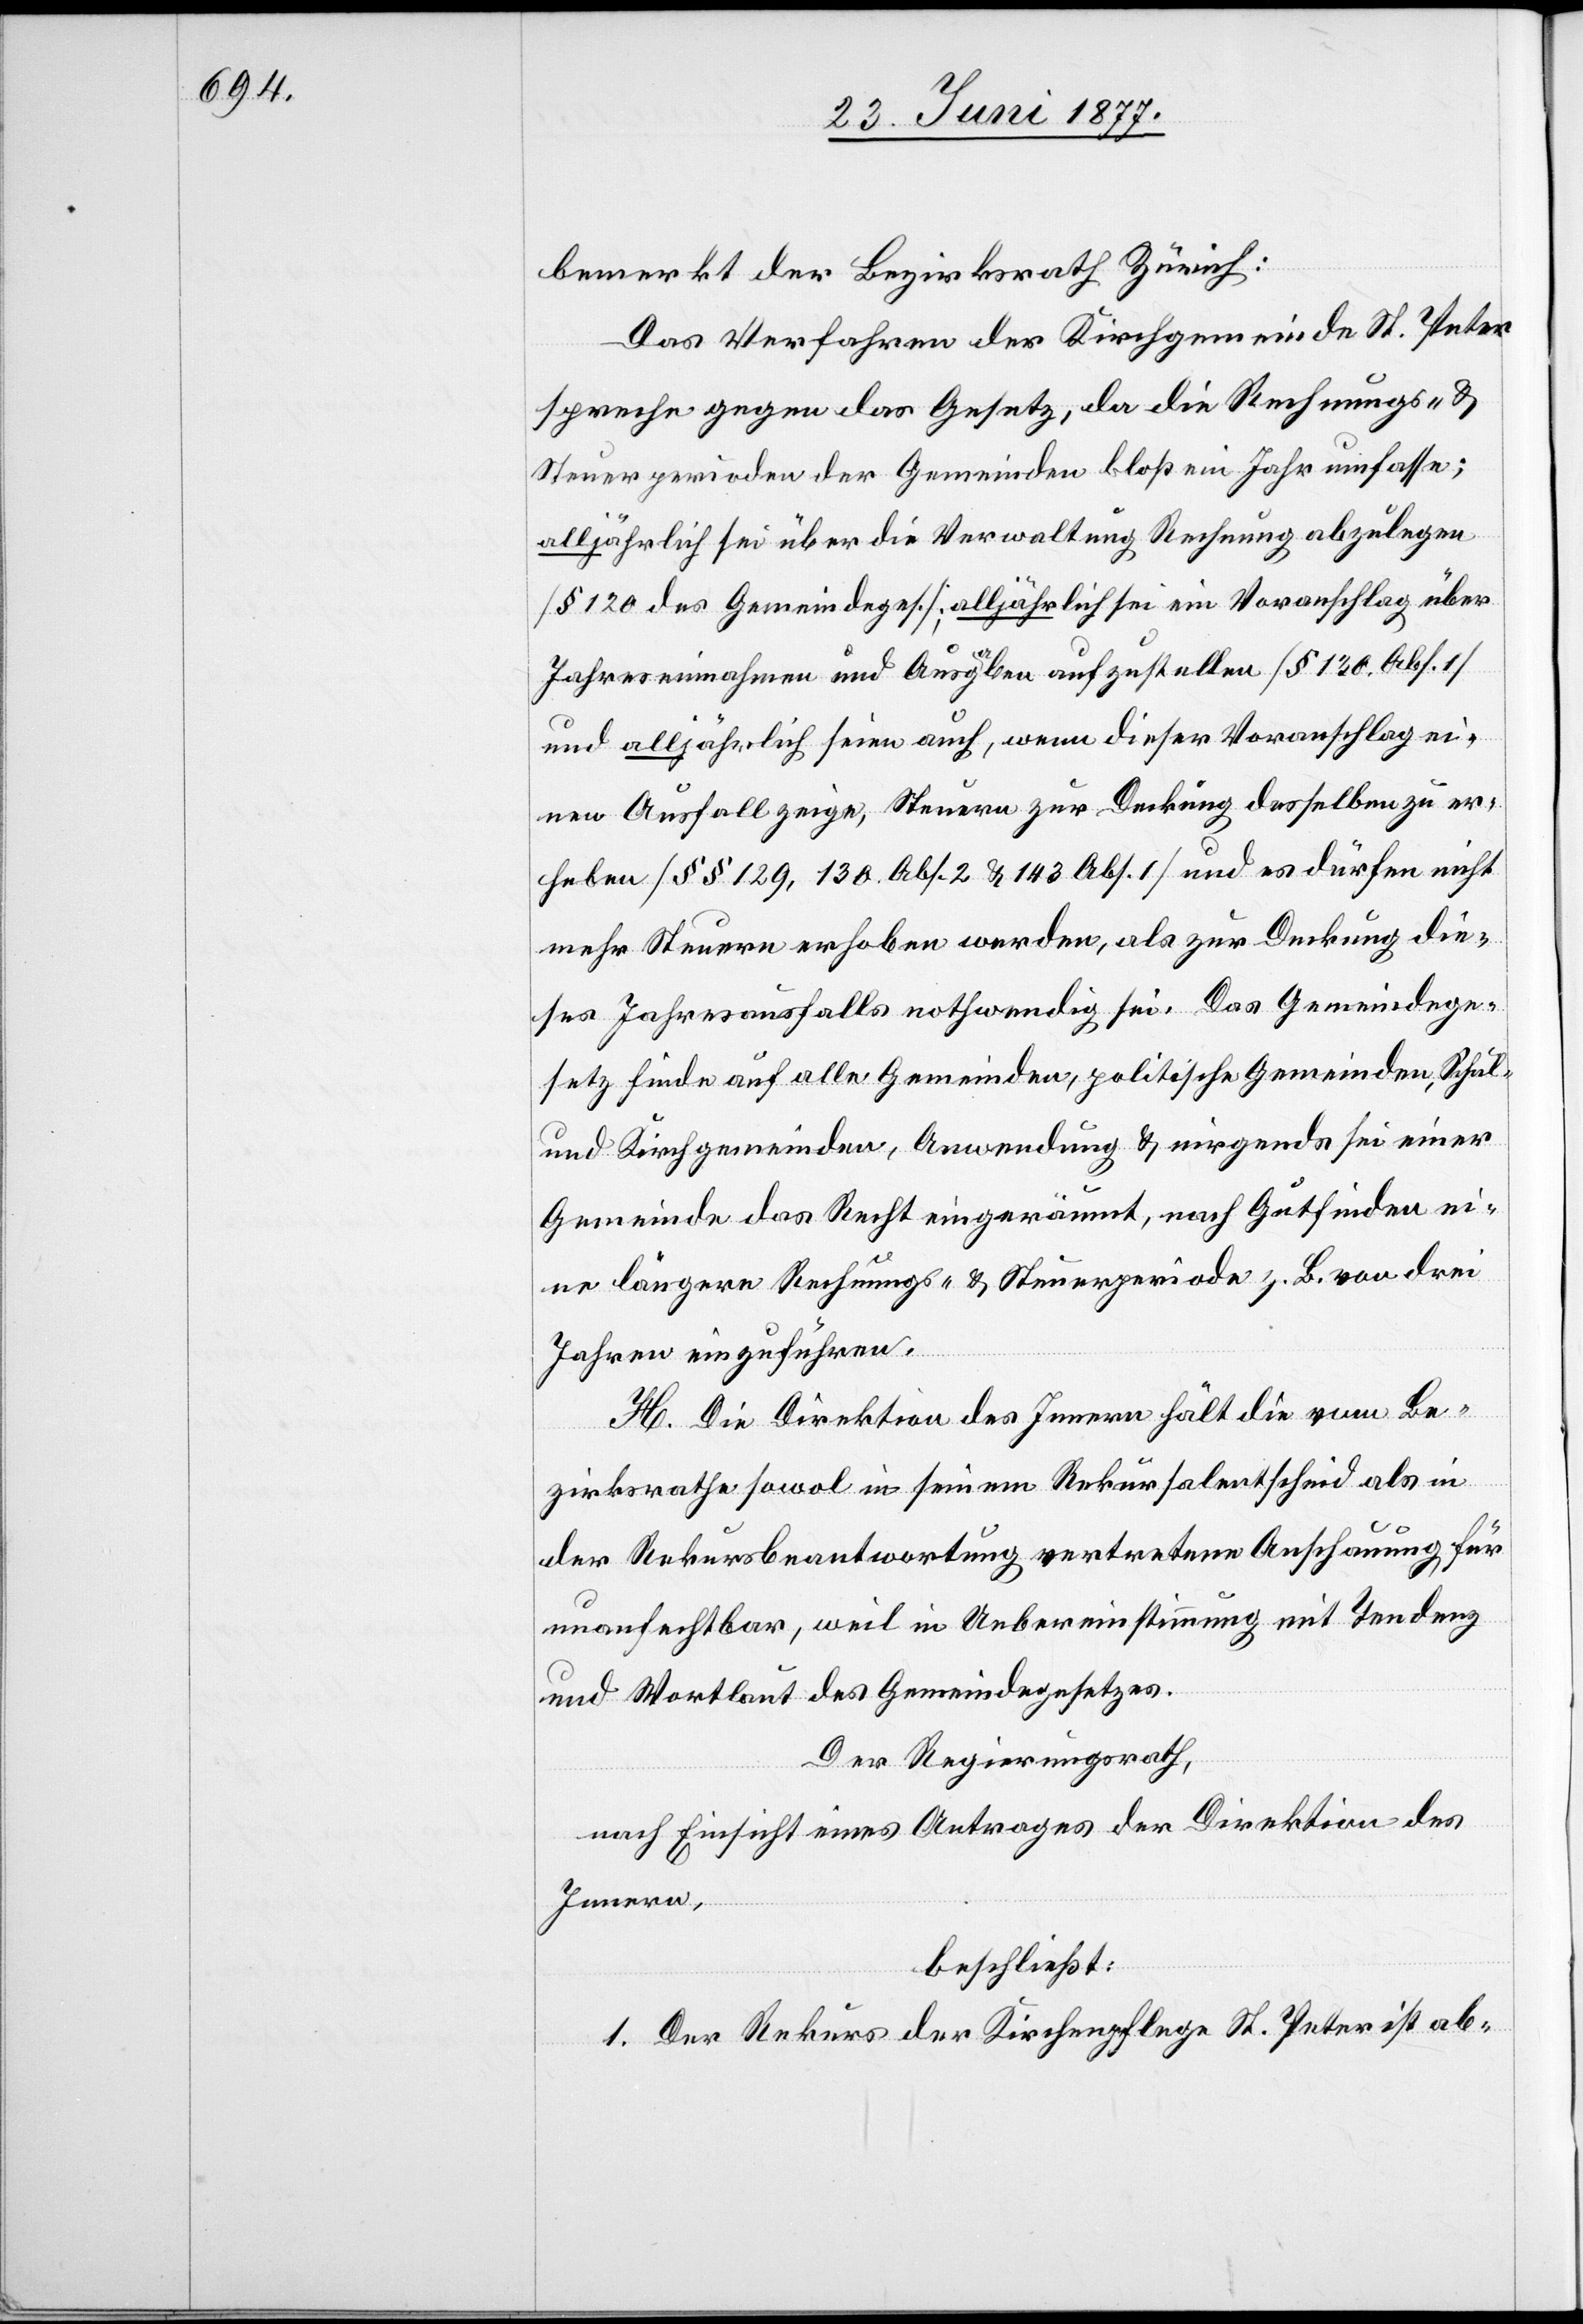
bemerkt der Bezirksrath Zürich:
Das Verfahren der Kirchgemeinde St. Peter
spreche gegen das Gesetz, da die Rechnungs- &
Steuerperioden der Gemeinden bloß ein Jahr umfasse[n];
alljährlich sei über die Verwaltung Rechnung abzulegen
[§ 120 des Gemeindeges.]; alljährlich sei ein Voranschlag über
Jahreseinnahmen und Ausgaben aufzustellen [§ 130, Abs. 1]
und alljährlich seien auch, wenn dieser Voranschlage ei¬
nen Ausfall zeige, Steuern zur Deckung desselben zu er¬
heben [§§ 129, 130, Abs. 2 & 143, Abs. 1] und es dürfen nicht
mehr Steuern erhoben werden, als zur Deckung die¬
ses Jahresausfalls nothwendig sei. Das Gemeindege¬
setz finde auf alle Gemeinden, politische Gemeinden, Schul-
und Kirchengemeinden, Anwendung & nirgends sei einer
Gemeinde das Recht eingeräumt, nach Gutfinden ei¬
ne längere Rechnungs- & Steuerperiode z. B. von drei
Jahren einzuführen.
H. Die Direktion des Innern hält die vom Be¬
zirksrathe sowol in seinem Rekursalentscheid als in
der Rekursbeantwortung vertretene Anschauung für
unanfechtbar, weil in Uebereinstimmung mit Tendenz
und Wortlaut des Gemeindegesetzes.
Der Regierungsrath,
nach Einsicht eines Antrages der Direktion des
Innern,
beschließt:
1. Der Rekurs der Kirchenpflege St. Peter ist ab-